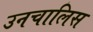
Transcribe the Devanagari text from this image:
उनचालिस